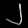
Digit: ၂